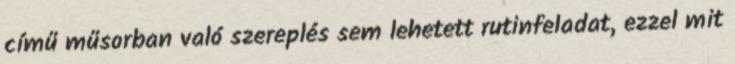
című műsorban való szereplés sem lehetett rutinfeladat, ezzel mit